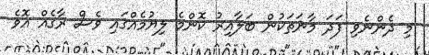
މި ދެންނެވި ފަދަ މާނަތަކުން ބަލާއިރު ކޮންމެ ލިޔުމެއްގައި ވެސް ރާގެއް އޮވެ